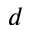
d